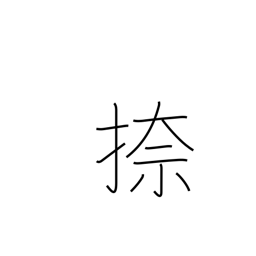
Meaning: print